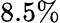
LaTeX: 8.5\%